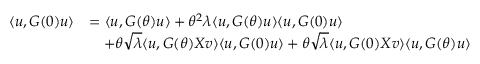
\begin{array} { r l } { \langle { \boldsymbol u } , G ( 0 ) { \boldsymbol u } \rangle } & { = \langle { \boldsymbol u } , G ( \theta ) { \boldsymbol u } \rangle + \theta ^ { 2 } \lambda \langle { \boldsymbol u } , G ( \theta ) { \boldsymbol u } \rangle \langle { \boldsymbol u } , G ( 0 ) { \boldsymbol u } \rangle } \\ & { ~ ~ ~ + \theta \sqrt { \lambda } \langle { \boldsymbol u } , G ( \theta ) X { \boldsymbol v } \rangle \langle { \boldsymbol u } , G ( 0 ) { \boldsymbol u } \rangle + \theta \sqrt { \lambda } \langle { \boldsymbol u } , G ( 0 ) X { \boldsymbol v } \rangle \langle { \boldsymbol u } , G ( \theta ) { \boldsymbol u } \rangle } \end{array}